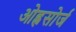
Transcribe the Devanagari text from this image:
ओह्नसोर्ज